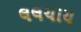
લલચાય